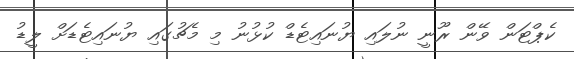
ކެޕްޓަން ވޭން ރޫނީ ނުލައި ޔުނައިޓެޑް ކުޅުނު މި މެޗުގައި ޔުނައިޓެޑަށް ލީޑު